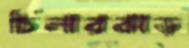
চিলারঝাড়